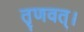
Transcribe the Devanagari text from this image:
तृणवत्।